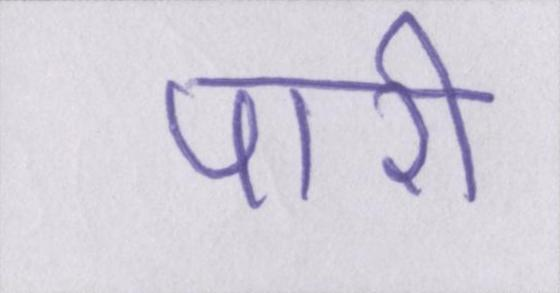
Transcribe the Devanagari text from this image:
पारी